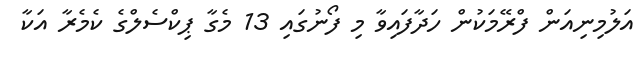
އަލުމިނިއަން ފްރޭމަކުން ހަދާފައިވާ މި ފޯނުގައި 13 މެގާ ޕިކްސެލްގެ ކެމެރާ އަކާ